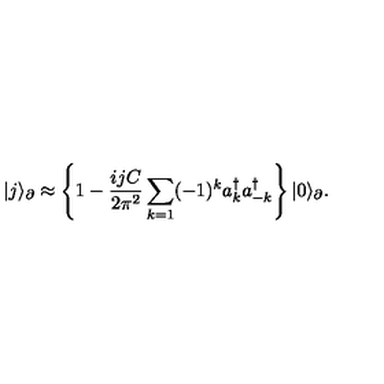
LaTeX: | j \rangle _ { \partial } \approx \left\lbrace 1 - \frac { i j C } { 2 \pi ^ { 2 } } \sum _ { k = 1 } ( - 1 ) ^ { k } a _ { k } ^ { \dagger } a _ { - k } ^ { \dagger } \right\rbrace | 0 \rangle _ { \partial } .